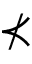
\nprec